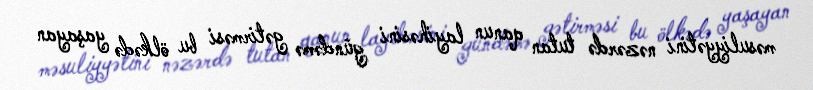
məsuliyyətini nəzərdə tutan qanun layihəsini gündəmə gətirməsi bu ölkədə yaşayan